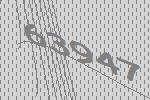
63947